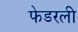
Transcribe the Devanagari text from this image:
फेडरली